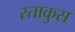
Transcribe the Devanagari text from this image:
स्ताकुस